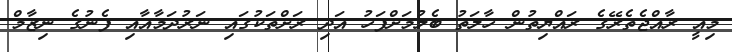
މިއީ ރާއްޖެތެރޭގެ ރައްޔިތުން ހާލަތު ބެލުމަށްފަހު އަދި ރަށްތަކުގައި ނަރުދަމާއާއި ފެނުގެ ނިޒާމް